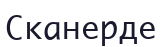
Сканерде